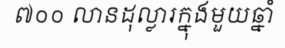
៧០០ លានដុល្លារក្នុងមួយឆ្នាំ